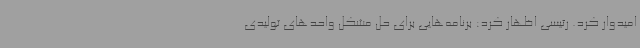
امیدوار کرد. رئیسی اظهار کرد: برنامه‌هایی برای حل مشکل واحدهای تولیدی